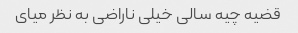
قضیه چیه سالی خیلی ناراضی به نظر میای